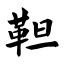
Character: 靼